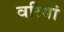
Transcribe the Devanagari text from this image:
वरियां